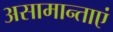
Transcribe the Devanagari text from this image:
असामान्ताएं